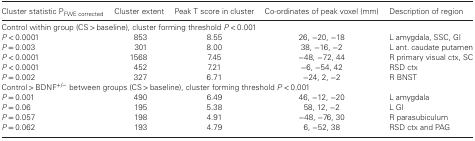
<table><thead><tr><td><b>Cluster statistic P<sub>FWE corrected</sub></b></td><td><b>Cluster extent</b></td><td><b>Peak T score in cluster</b></td><td><b>Co‐ordinates of peak voxel (mm)</b></td><td><b>Description of region</b></td></tr></thead><tbody><tr><td colspan="5">Control within group (CS &gt; baseline), cluster forming threshold <i>P</i> &lt; 0.001</td></tr><tr><td><i>P</i> &lt; 0.0001</td><td>853</td><td>8.55</td><td>26, −20, −18</td><td>L amygdala, SSC, GI</td></tr><tr><td><i>P</i> = 0.003</td><td>301</td><td>8.00</td><td>38, −16, −2</td><td>L ant. caudate putamen</td></tr><tr><td><i>P</i> &lt; 0.0001</td><td>1568</td><td>7.45</td><td>−48, −72, 44</td><td>R primary visual ctx, SC</td></tr><tr><td><i>P</i> &lt; 0.0001</td><td>452</td><td>7.21</td><td>−6, −54, 42</td><td>RSD ctx</td></tr><tr><td><i>P</i> = 0.002</td><td>327</td><td>6.71</td><td>−24, 2, −2</td><td>R BNST</td></tr><tr><td colspan="5">Control &gt; BDNF<sup>+/−</sup> between groups (CS &gt; baseline), cluster forming threshold <i>P</i> &lt; 0.001</td></tr><tr><td><i>P</i> = 0.001</td><td>490</td><td>6.49</td><td>46, −12, −20</td><td>L amygdala</td></tr><tr><td><i>P</i> = 0.06</td><td>195</td><td>5.38</td><td>58, 12, −2</td><td>L GI</td></tr><tr><td><i>P</i> = 0.057</td><td>198</td><td>4.91</td><td>−48, −76, 30</td><td>R parasubiculum</td></tr><tr><td><i>P</i> = 0.062</td><td>193</td><td>4.79</td><td>6, −52, 38</td><td>RSD ctx and PAG</td></tr></tbody></table>